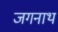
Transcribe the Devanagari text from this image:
जगनाथ